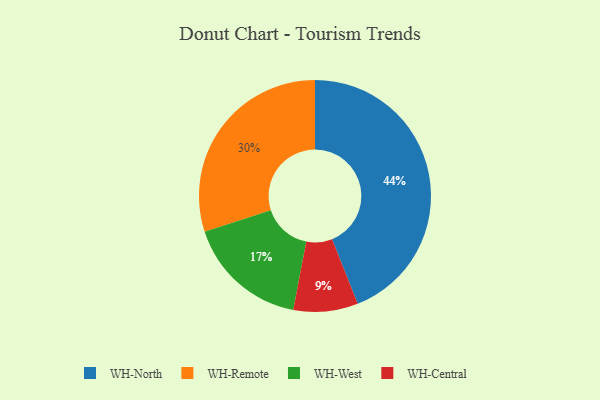
{"axis": {"x": "Category", "y": "Percentage"}, "legend": ["WH-Central", "WH-North", "WH-Remote", "WH-West"], "data": [{"x": "WH-Central", "y": 9, "type": "WH-Central"}, {"x": "WH-West", "y": 17, "type": "WH-West"}, {"x": "WH-Remote", "y": 30, "type": "WH-Remote"}, {"x": "WH-North", "y": 44, "type": "WH-North"}]}